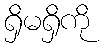
ရှိမရှိကို